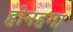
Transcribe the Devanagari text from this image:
होनहगा